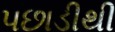
પછાડીથી